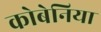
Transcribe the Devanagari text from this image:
कोबेनिया